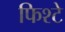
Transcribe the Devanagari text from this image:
फिश्टे